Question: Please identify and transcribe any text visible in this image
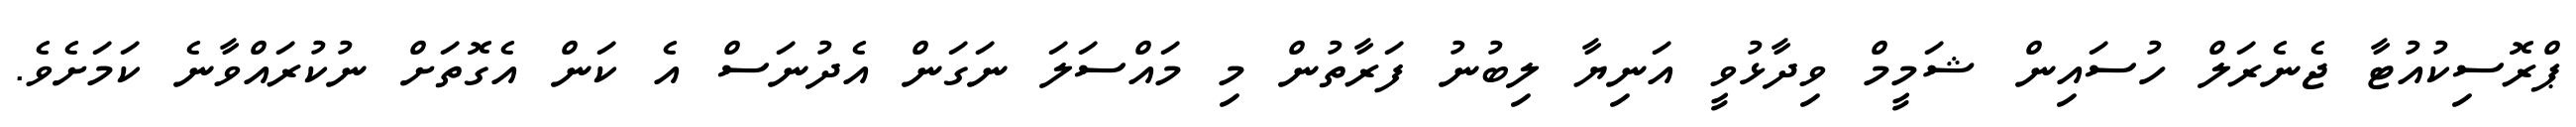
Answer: ޕްރޮސިކުއުޓާ ޖެނެރަލް ހުސައިން ޝަމީމް ވިދާޅުވީ އަނިޔާ ލިބުނު ފަރާތުން މި މައްސަލަ ނަގަން އެދުނަސް އެ ކަން އެގޮތަށް ނުކުރައްވާނެ ކަމަށެވެ.